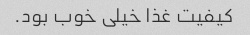
کیفیت غذا خیلی خوب بود.